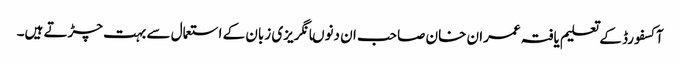
آکسفورڈ کے تعلیم یافتہ عمران خان صاحب ان دنوںانگریزی زبان کے استعمال سے بہت چڑتے ہیں۔